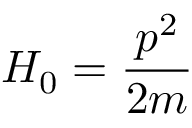
H _ { 0 } = { \frac { p ^ { 2 } } { 2 m } }